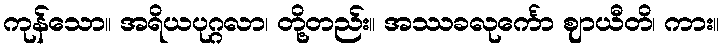
ကုန်သော။ အရိယပုဂ္ဂလာ၊ တို့တည်း။ အဿခလုင်္ကော ဈာယီတိ၊ ကား။